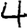
Digit: 4